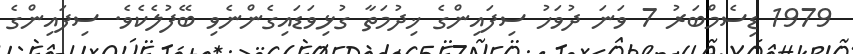
1979 ޑިސެމްބަރު 7 ވަނަ ދުވަހު ސިފައިންގެ ޚިދުމަތާ ގުޅިވަޑައިގެންނެވި ބޭފުލެކެވެ. ސިފައިންގެ